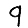
Digit: 9